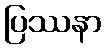
ပြဿနာ